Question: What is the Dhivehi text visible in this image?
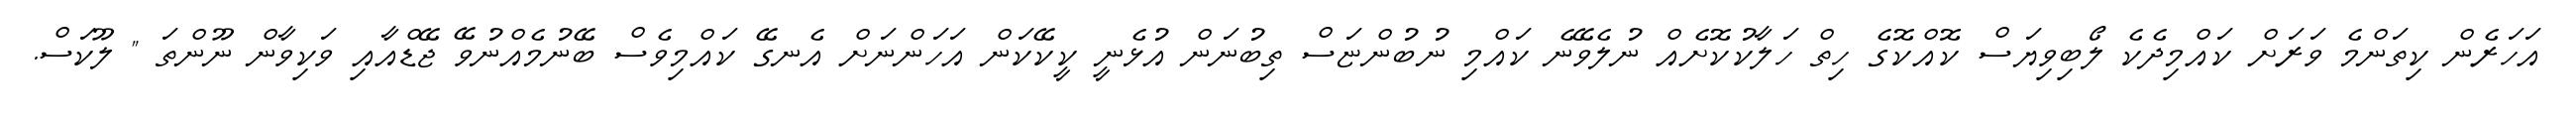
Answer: އަހަރެން ކިތަންމެ ވަރަށް ކައްމިދެކެ ލޯބިވިޔަސް ކޮއްކޮގެ ހިތް ހަލާކުކޮށެއް ނުލެވޭނެ ކައްމި ނުބުންޏަސް ތިބުނަން އުޅެނީ ކީކޭކަން އަހަންނަށް އެނގޭ ކައްމިވެސް ބޭނުމެއްނުވޭ ޖޭޑްއާއި ވަކިވާން ނޫންތަ " ލޫކަސް.